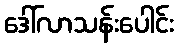
ဒေါ်လာသန်းပေါင်း